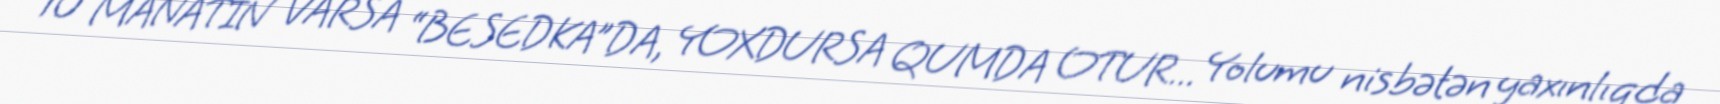
10 MANATIN VARSA “BESEDKA”DA, YOXDURSA QUMDA OTUR... Yolumu nisbətən yaxınlıqda